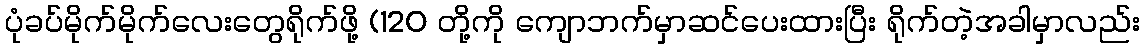
ပုံခပ်မိုက်မိုက်လေးတွေရိုက်ဖို့ (120 တို့ကို ကျောဘက်မှာဆင်ပေးထားပြီး ရိုက်တဲ့အခါမှာလည်း